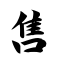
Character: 售